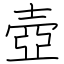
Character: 壺